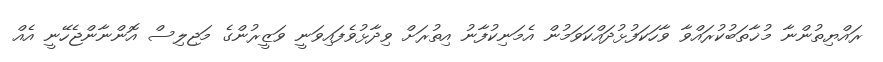
ރައްޔިތުންނާ މުޚާތަބުކުރައްވާ ވާހަކަފުޅުދައްކަވަމުން އެމަނިކުފާނު އިތުރަށް ވިދާޅުވެފައިވަނީ ވަޒީރުންގެ މަޖިލިސް އޮންނާންޖެހޭނީ އެއް